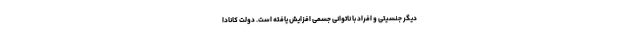
دیگر جنسیتی و افراد با ناتوانی جسمی افزایش یافته است. دولت کانادا